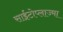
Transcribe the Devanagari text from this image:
साईटोप्लाज्मा